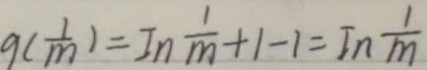
9 ( \frac { 1 } { m } ) = I n \frac { 1 } { m } + 1 - 1 = I n \frac { 1 } { m }